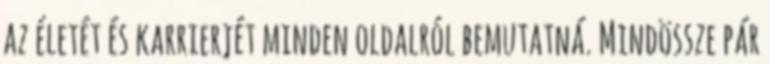
az életét és karrierjét minden oldalról bemutatná. Mindössze pár